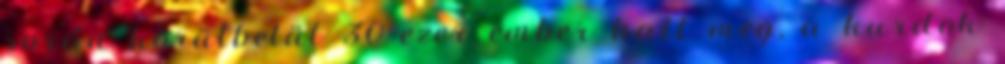
során körülbelül 30 ezer ember halt meg, a kurdok